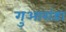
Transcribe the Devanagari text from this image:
गुआरांडा